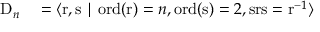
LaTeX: \begin{array} { r l } { \mathrm { D } _ { n } } & { { } = \langle \mathrm { r } , \mathrm { s } \mid \operatorname { o r d } ( \mathrm { r } ) = n , \operatorname { o r d } ( \mathrm { s } ) = 2 , \mathrm { s r s } = \mathrm { r } ^ { - 1 } \rangle } \end{array}